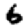
Digit: 6